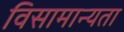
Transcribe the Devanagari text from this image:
विसामान्यता